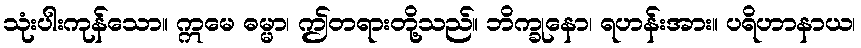
သုံးပါးကုန်သော။ ဣမေ ဓမ္မာ၊ ဤတရားတို့သည်။ ဘိက္ခုနော၊ ရဟန်းအား။ ပရိဟာနာယ၊